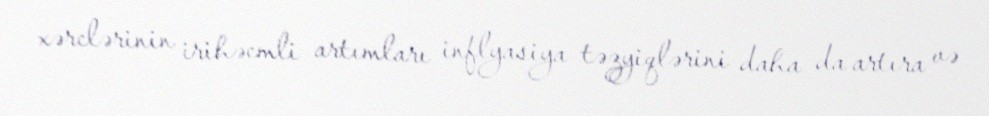
xərclərinin irihəcmli artımları inflyasiya təzyiqlərini daha da artıra və